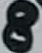
Text: 8